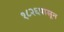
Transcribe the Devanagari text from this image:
१८२६पासून